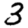
Digit: 3